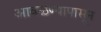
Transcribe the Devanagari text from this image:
आवळण्यापासून